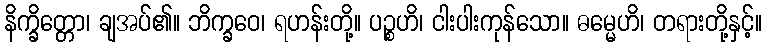
နိက္ခိတ္တော၊ ချအပ်၏။ ဘိက္ခဝေ၊ ရဟန်းတို့။ ပဉ္စဟိ၊ ငါးပါးကုန်သော။ ဓမ္မေဟိ၊ တရားတို့နှင့်။